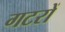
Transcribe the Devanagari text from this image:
गटरों